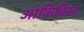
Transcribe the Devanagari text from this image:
आर्किविस्ट